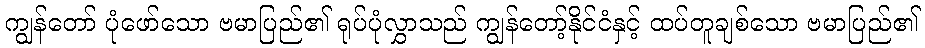
ကျွန်တော် ပုံဖော်သော ဗမာပြည်၏ ရုပ်ပုံလွှာသည် ကျွန်တော့်နိုင်ငံနှင့် ထပ်တူချစ်သော ဗမာပြည်၏